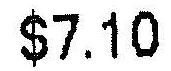
$7.10